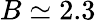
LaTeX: B\simeq 2.3